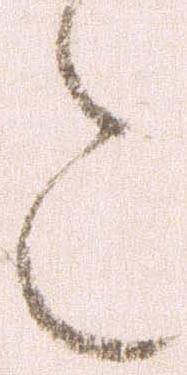
た